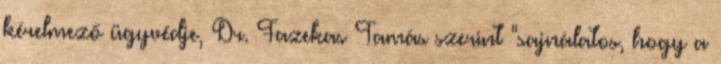
kérelmező ügyvédje, Dr. Fazekas Tamás szerint "sajnálatos, hogy a